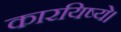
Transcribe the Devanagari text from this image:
कारयिष्ये।